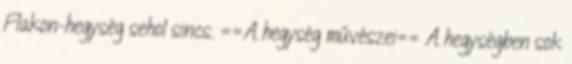
Flakon-hegység sehol sincs. ==A hegység művészei== A hegységben sok